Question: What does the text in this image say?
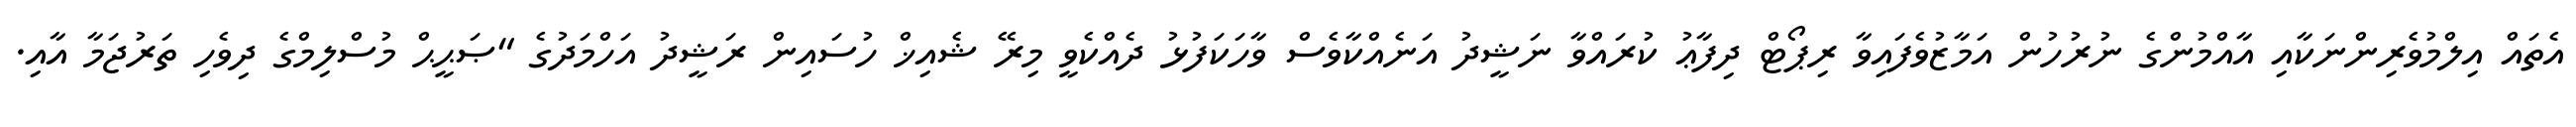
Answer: އެތައް އިލްމުވެރިންނަކާއި އާއްމުންގެ ނުރުހުން އަމާޒުވެފައިވާ ރިޕޯޓް ދިފާޢު ކުރައްވާ ނަޝީދު އަނެއްކާވެސް ވާހަކަފުޅު ދެއްކެވީ މިރޭ ޝެއިޚް ހުސައިން ރަޝީދު އަހްމަދުގެ "ޞަޙީޙް މުސްލިމްގެ ދިވެހި ތަރުޖަމާ އާއި.